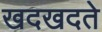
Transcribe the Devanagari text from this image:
खदखदते